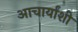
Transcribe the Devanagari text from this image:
आचार्यांशी